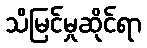
သိမြင်မှုဆိုင်ရာ